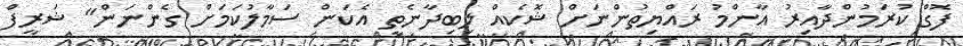
ފޮގް ކުރަމުންދާއިރު އާންމު ރައްޔިތުންނަށް ޝޮކެއް ލިބިދާނެތީ އެކަން ސަމާލުކަމަށް ގެންނަން" ޝަރީފް